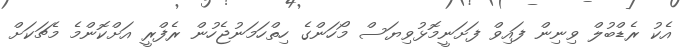
އެކު ރެޑްބުލް ވިނިން ފައިވް ފަށަނީމޮޅުވިޔަސް މޯހަންގެ ހިތްހަމަނުޖެހުން ރެފްރީ އަށްކޮންމެ މެޗަކަށް